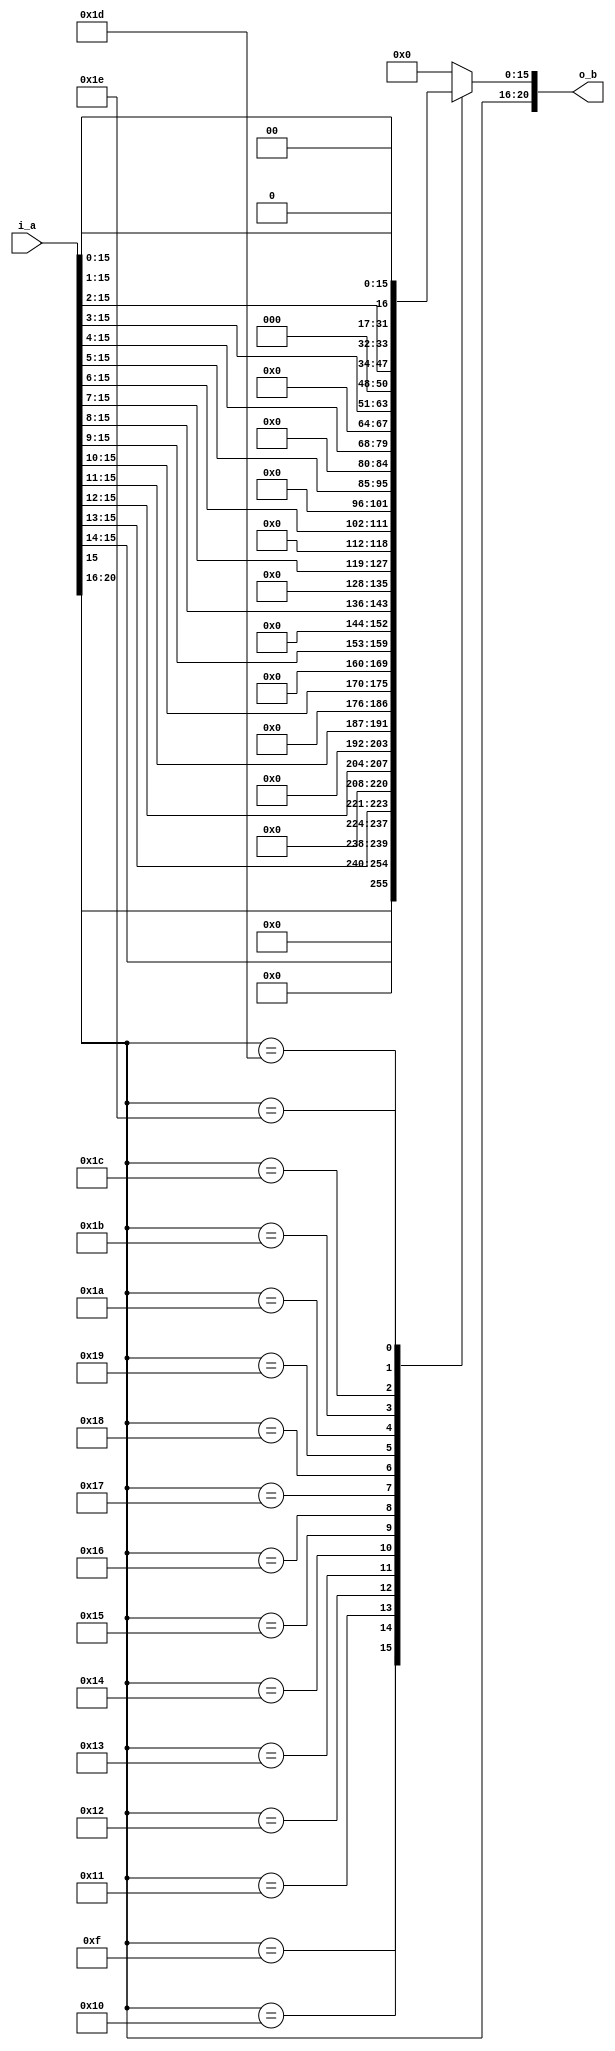
//=======================================================================
// Project Polyphony
//
// File:
//   fm_3d_f22_floor.v
//
// Abstract:
//   floating point clipping
//
//  Created:
//    27 December 2008
//
// Copyright (c) 2008  Kenji Ishimaru, All rights reserved.
//
//======================================================================
//
// Copyright (c) 2020, Kenji Ishimaru
// All rights reserved.
//
// Redistribution and use in source and binary forms, with or without
// modification, are permitted provided that the following conditions are met:
//
//  -Redistributions of source code must retain the above copyright notice,
//   this list of conditions and the following disclaimer.
//  -Redistributions in binary form must reproduce the above copyright notice,
//   this list of conditions and the following disclaimer in the documentation
//   and/or other materials provided with the distribution.
//
// THIS SOFTWARE IS PROVIDED BY THE COPYRIGHT HOLDERS AND CONTRIBUTORS "AS IS"
// AND ANY EXPRESS OR IMPLIED WARRANTIES, INCLUDING, BUT NOT LIMITED TO,
// THE IMPLIED WARRANTIES OF MERCHANTABILITY AND FITNESS FOR A PARTICULAR
// PURPOSE ARE DISCLAIMED. IN NO EVENT SHALL THE COPYRIGHT HOLDER OR
// CONTRIBUTORS BE LIABLE FOR ANY DIRECT, INDIRECT, INCIDENTAL, SPECIAL,
// EXEMPLARY, OR CONSEQUENTIAL DAMAGES (INCLUDING, BUT NOT LIMITED TO,
// PROCUREMENT OF SUBSTITUTE GOODS OR SERVICES; LOSS OF USE, DATA, OR PROFITS;
// OR BUSINESS INTERRUPTION) HOWEVER CAUSED AND ON ANY THEORY OF LIABILITY,
// WHETHER IN CONTRACT, STRICT LIABILITY, OR TORT (INCLUDING NEGLIGENCE OR
// OTHERWISE) ARISING IN ANY WAY OUT OF THE USE OF THIS SOFTWARE,
// EVEN IF ADVISED OF THE POSSIBILITY OF SUCH DAMAGE.
//

module fm_3d_f22_floor (
    i_a,
    o_b
);

///////////////////////////////////////////
//  port definition
///////////////////////////////////////////
    input  [20:0] i_a;          // input e5, f1.15
    output [20:0] o_b;          
///////////////////////////////////////////
//  wire definition
///////////////////////////////////////////
    // intermidiate wire
    wire [4:0]  w_exp;
    wire [15:0] w_fraction;
    wire [15:0] w_fraction_out;

///////////////////////////////////////////
//  assign statement
///////////////////////////////////////////
    assign w_exp  = i_a[20:16];
    assign w_fraction = i_a[15:0];

    assign o_b = {w_exp, w_fraction_out};
    assign w_fraction_out = f_floor(w_exp, w_fraction);
///////////////////////////////////////////
//  function statement
///////////////////////////////////////////
    function [15:0] f_floor;
        input [4:0]  exp;
        input [15:0] frac;
        begin
            case (exp[4:0])
                5'hf:  f_floor = {frac[15],15'h0};
                5'h10: f_floor = {frac[15:14],14'h0};
                5'h11: f_floor = {frac[15:13],13'h0};
                5'h12: f_floor = {frac[15:12],12'h0};
                5'h13: f_floor = {frac[15:11],11'h0};
                5'h14: f_floor = {frac[15:10],10'h0};
                5'h15: f_floor = {frac[15:9],9'h0};
                5'h16: f_floor = {frac[15:8],8'h0};
                5'h17: f_floor = {frac[15:7],7'h0};
                5'h18: f_floor = {frac[15:6],6'h0};
                5'h19: f_floor = {frac[15:5],5'h0};
                5'h1a: f_floor = {frac[15:4],4'h0};
                5'h1b: f_floor = {frac[15:3],3'h0};
                5'h1c: f_floor = {frac[15:2],2'h0};
                5'h1d: f_floor = {frac[15:1],1'h0};
                5'h1e: f_floor = frac[15:0];
                default: f_floor = 16'h0;
            endcase
        end
    endfunction

endmodule